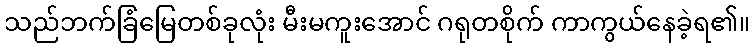
သည်ဘက်ခြံမြေတစ်ခုလုံး မီးမကူးအောင် ဂရုတစိုက် ကာကွယ်နေခဲ့ရ၏။